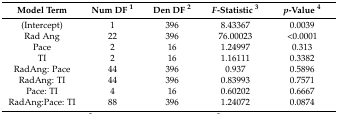
<table><thead><tr><td><b>Model Term</b></td><td><b>Num DF <sup>1</sup></b></td><td><b>Den DF <sup>2</sup></b></td><td><b><i>F</i>-Statistic <sup>3</sup></b></td><td><b><i>p</i>-Value <sup>4</sup></b></td></tr></thead><tbody><tr><td>(Intercept)</td><td>1</td><td>396</td><td>8.43367</td><td>0.0039</td></tr><tr><td>Rad Ang</td><td>22</td><td>396</td><td>76.00023</td><td>&lt;0.0001</td></tr><tr><td>Pace</td><td>2</td><td>16</td><td>1.24997</td><td>0.313</td></tr><tr><td>TI</td><td>2</td><td>16</td><td>1.16111</td><td>0.3382</td></tr><tr><td>RadAng: Pace</td><td>44</td><td>396</td><td>0.937</td><td>0.5896</td></tr><tr><td>RadAng: TI</td><td>44</td><td>396</td><td>0.83993</td><td>0.7571</td></tr><tr><td>Pace: TI</td><td>4</td><td>16</td><td>0.60202</td><td>0.6667</td></tr><tr><td>RadAng:Pace: TI</td><td>88</td><td>396</td><td>1.24072</td><td>0.0874</td></tr></tbody></table>